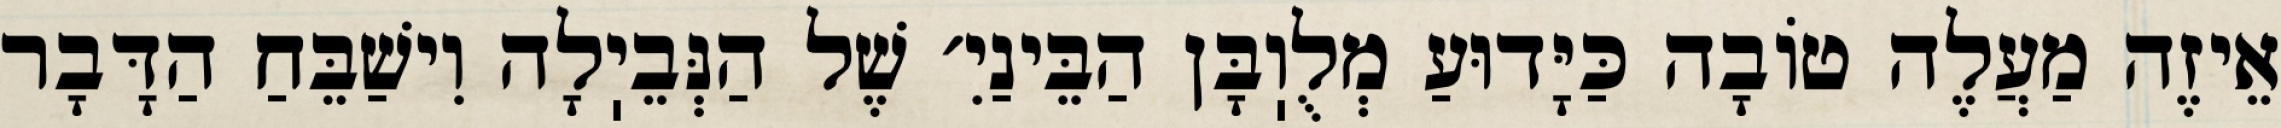
אֵיזֶה מַעֲלֶה טוֹבָה כַּיָּדוּעַ מְלֻוֽבָּן הַבֵּינַיִ׳ שֶׁל הַנְּבֵיֽלָה וִישַׁבֵּחַ הַדָּבָר